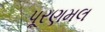
પૂરણમલ